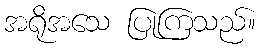
အရိုအသေ ပြုကြသည်။